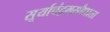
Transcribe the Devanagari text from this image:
सूर्याचंद्रमसौधाता